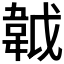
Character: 𩎙